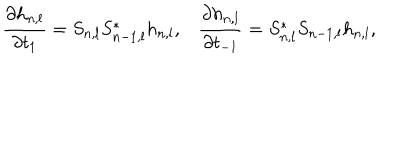
LaTeX: \frac { \partial h _ { n , l } } { \partial t _ { 1 } } = S _ { n , l } S _ { n - 1 , l } ^ { * } h _ { n , l } , \frac { \partial h _ { n , l } } { \partial t _ { - 1 } } = S _ { n , l } ^ { * } S _ { n - 1 , l } h _ { n , l } ,